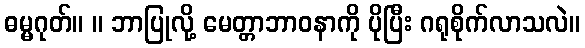
ဓမ္မဂုတ်။ ။ ဘာပြုလို့ မေတ္တာဘာဝနာကို ပိုပြီး ဂရုစိုက်လာသလဲ။